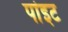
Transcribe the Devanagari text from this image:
पांइट